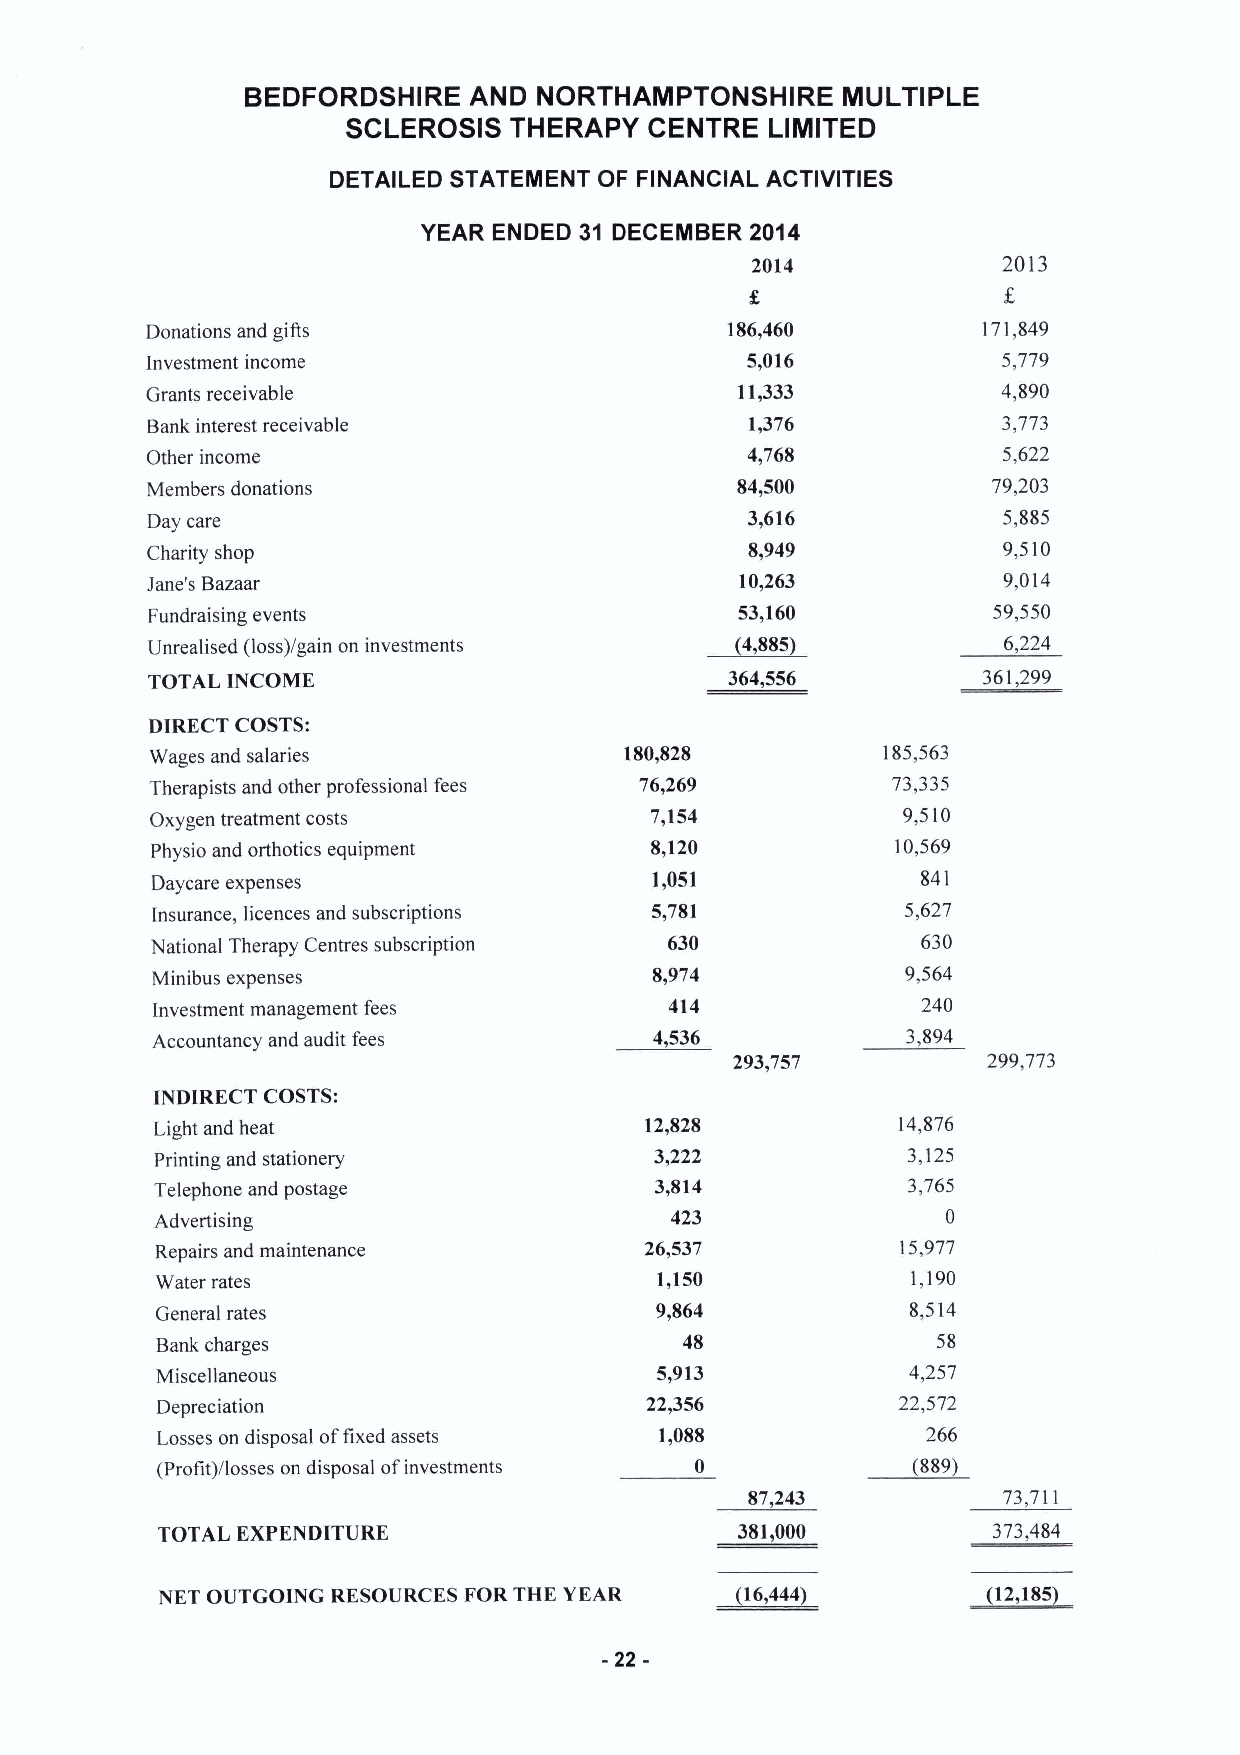
BEDFORDSHIRE   AND  NORTHAMPTONSHIRE    MULTIPLE
 SCLEROSIS  THERAPY  CENTRE  LIMITED
 DETAILED STATEMENT OF FINANCIAL ACTIVITIES
 YEAR ENDED 31 DECEMBER 2014
 2014            2013
 Donations and gifts                   186,460          171,849
 Investment income                      5,016            5,779
 Grants receivable                      11,333           4,890
 Bank interest receivable                1,376           3,773
 Other income                           4,768            5,622
 Members donations                      84,500           79,203
 Day care                               3,616            5,885
 Charity shop                            8,949           9,510
 Jane's Bazaar                          10,263           9,014
 Fundraising events                     53,160           59,550
 ~4,
 Unrealised (loss)/gain on investments   885             6,224
 TOTAL INCOME                          364,556          361,299
 DIRECT COSTS:
 Wages and salaries             180,828          185,563
 Therapists and other professional fees 76,269    73,335
 Oxygen treatment costs           7,154            9,510
 Physio and orthotics equipment   8,120           10,569
 Daycare expenses                 1,051             841
 Insurance, 1icences and subscriptions 5,781       5,627
 National Therapy Centres subscription 630          630
 Minibus expenses                 8,974            9,564
 Investment management fees        414              240
 Accountancy and audit fees       4,536            3,894
 293,757         299,773
 INDIRECT COSTS:
 Light and heat                   12,828          14,876
 Printing and stationery          3222             3,125
 Telephone and postage            3,814            3,765
 Advertising                       423                0
 Repairs and maintenance          26,537           15,977
 Water rates                      1,150            1,190
 General rates                    9,864            8,514
 Bank charges                       48               58
 Miscellaneous                    5,913            4,257
 Depreciation                     22,356          22,572
 Losses on disposal offixed assets 1,088            266
 (Profit)/losses on disposal ofinvestments 0       (889)
 87,243          73,711
 TOTAL EXPENDITURE                      381,000          373,484
 NET OUTGOING RESOURCES FOR THE YEAR    (16,444)         12,185)
 -22-